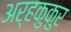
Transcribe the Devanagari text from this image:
अर्हकुकुर